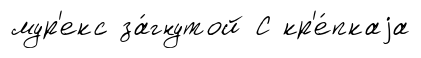
мур'екс за́гнутой С кр'е́пкаjа